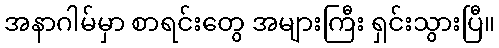
အနာဂါမ်မှာ စာရင်းတွေ အများကြီး ရှင်းသွားပြီ။